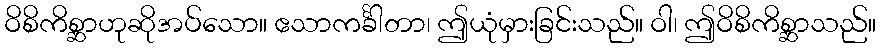
ဝိစိကိစ္ဆာဟုဆိုအပ်သော။ ဧသာကင်္ခါတာ၊ ဤယုံမှားခြင်းသည်။ ဝါ၊ ဤဝိစိကိစ္ဆာသည်။